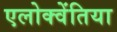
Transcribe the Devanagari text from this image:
एलोक्वेंतिया